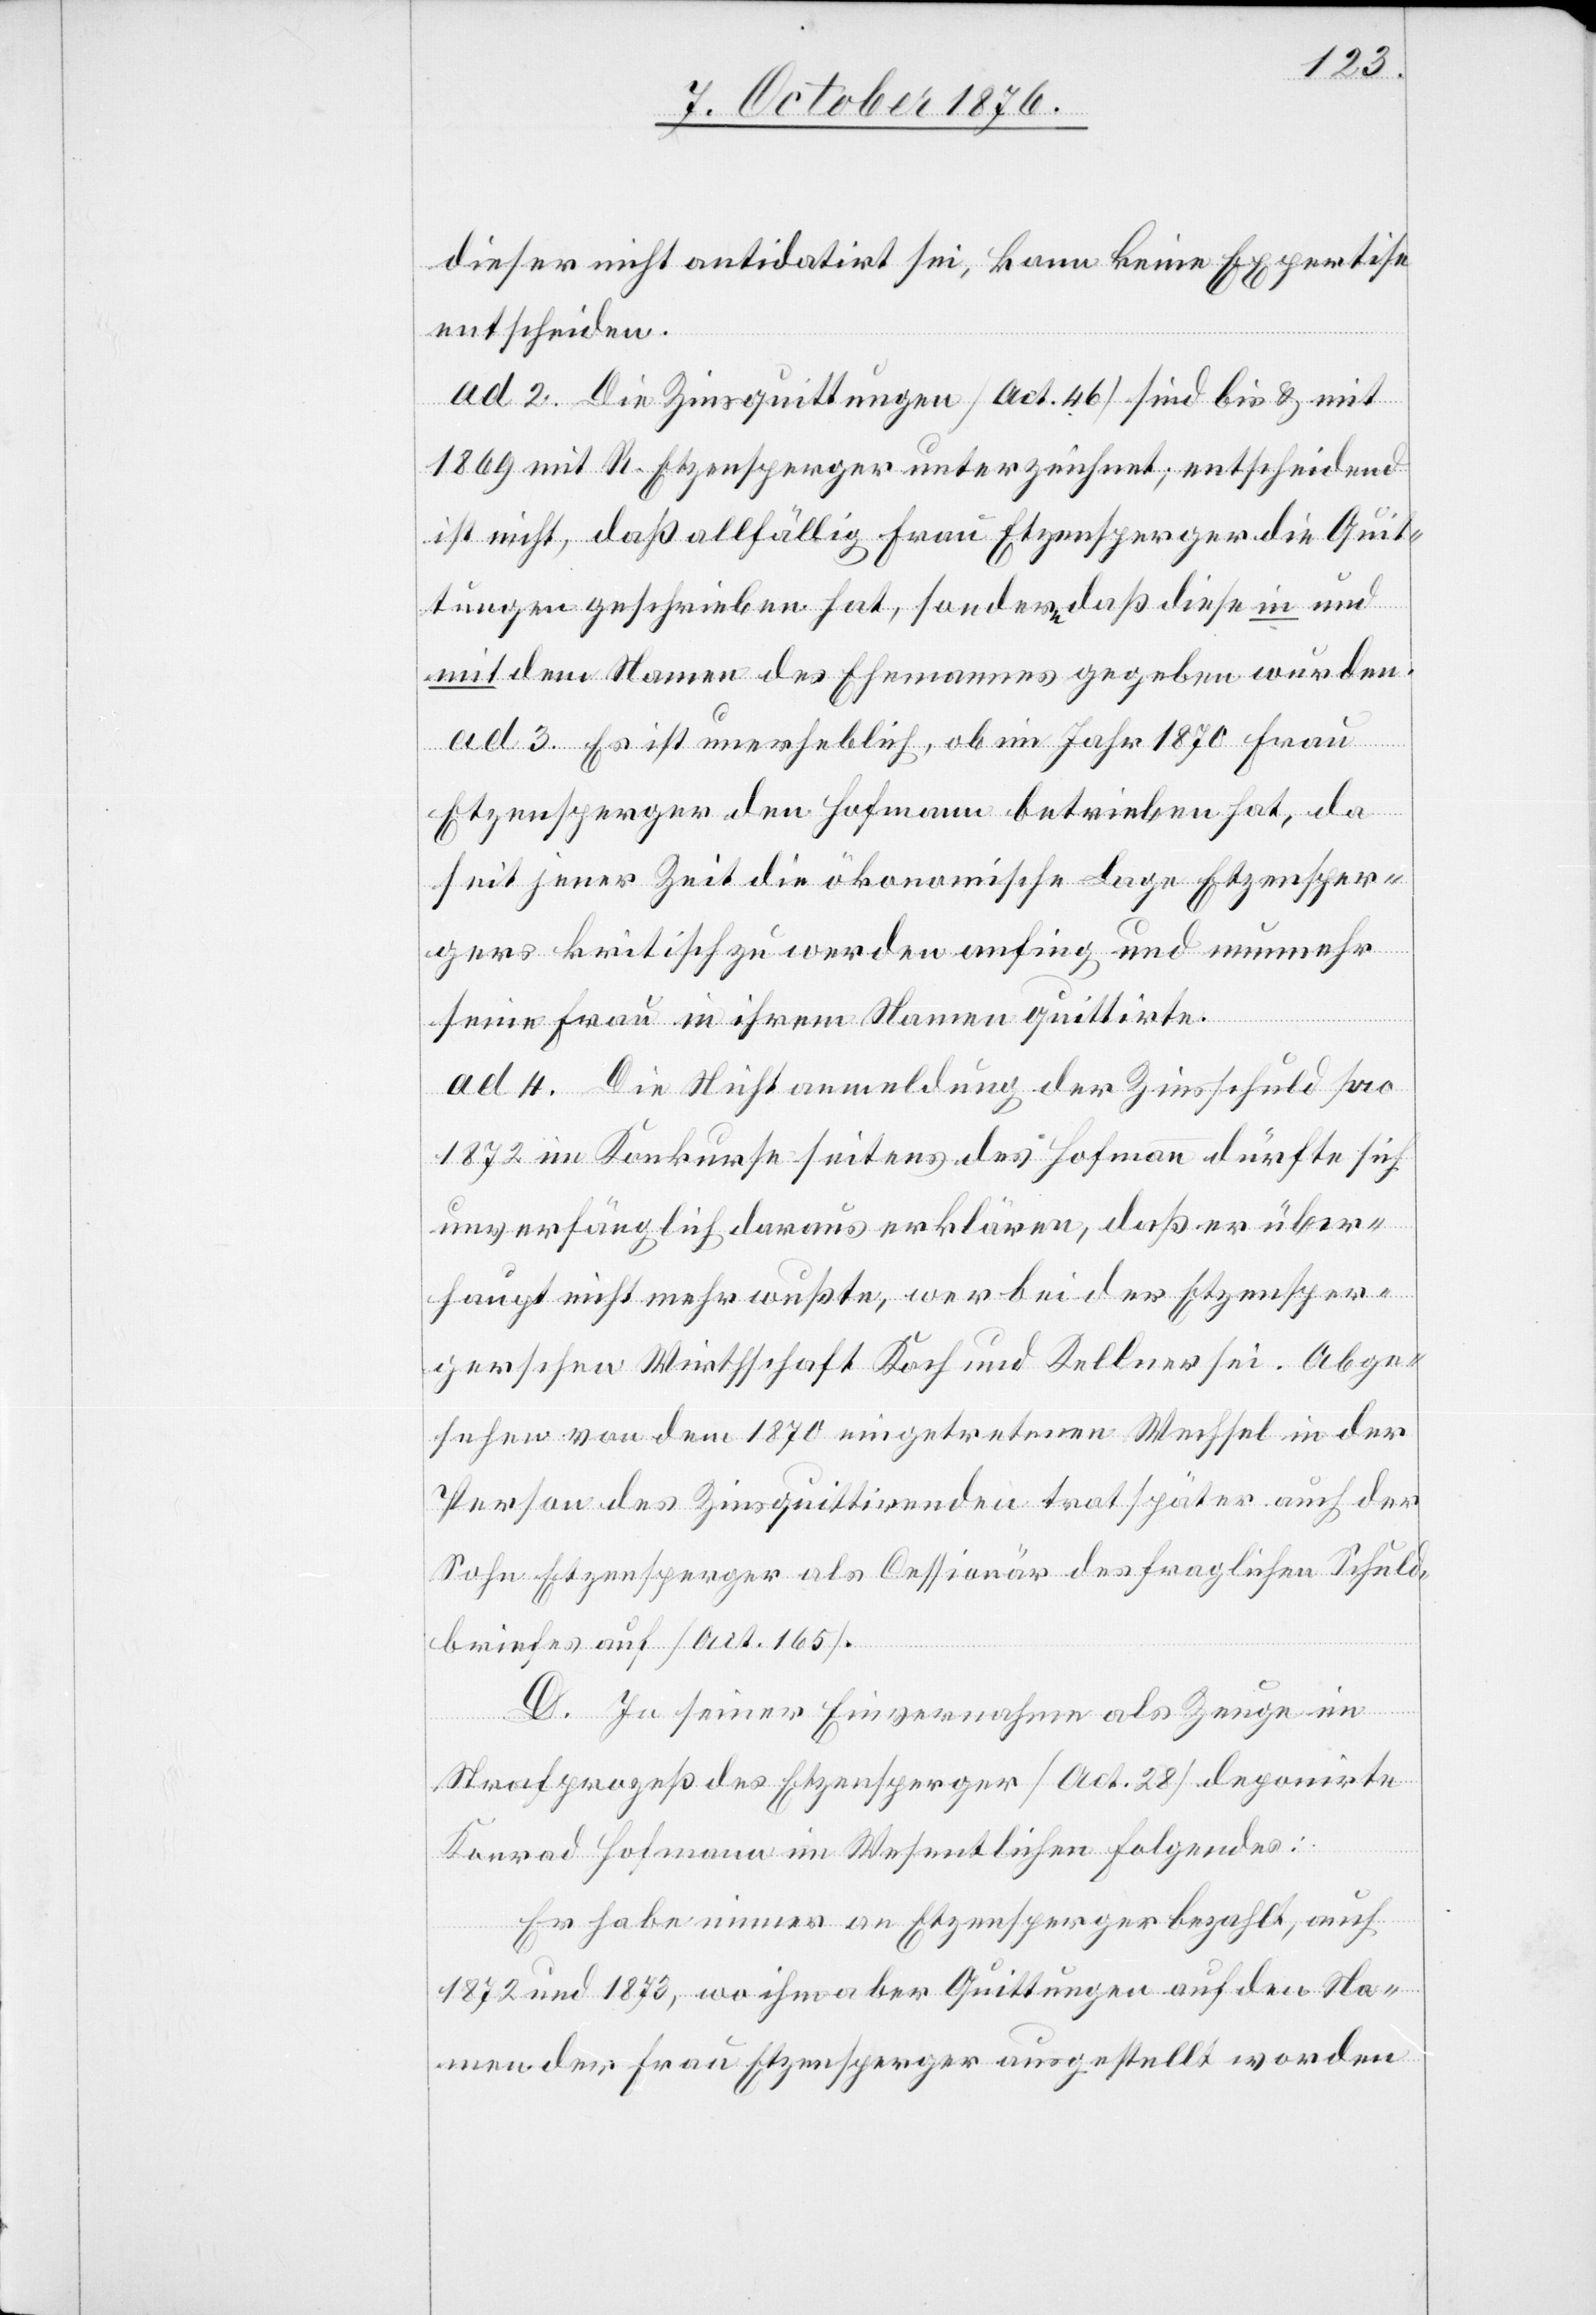
dieser nicht antidatirt sei, kann keine Expertise
entscheiden.
ad 2. Die Zinsquittungen [Act. 46] sind bis & mit
1869 mit R. Etzensperger unterzeichnet; entscheidend
ist nicht, daß allfällig Frau Etzensperger die Quit¬
tungen geschrieben hat, sondern daß diese in und
mit dem Namen des Ehemanns gegeben wurden.
ad 3. Es ist unerheblich, ob im Jahr 1870 Frau
Etzensperger den Hofmann betrieben hat, da
seit jener Zeit die ökonomische Lage Etzensper¬
gers kritisch zu werden anfing und nunmehr
seine Frau in ihrem Namen quittirte.
ad 4. Die Nichtanmeldung der Zinsschuld pro
1872 im Konkurse seitens des Hofmann dürfte sich
unverfänglich daraus erklären, daß er über¬
haupt nicht mehr wußte, wer bei der Etzensper¬
gerschen Wirthschaft Koch und Kellner sei. Abge¬
sehen von dem 1870 eingetretenen Wechsel in der
Person des Zinsquittirenden trat später auch der
Sohn Etzensperger als Cessionär des fraglichen Schuld¬
briefes auf [Act. 165].
D. In seiner Einvernahme als Zeuge im
Strafprozeß des Etzensperger [Act. 28] deponirte
Konrad Hofmann im Wesentlichen Folgendes:
Er habe immer an Etzensperger bezahlt, auch
1872 und 1873, wo ihm aber Quittungen auf den Na¬
men der Frau Etzensperger ausgestellt worden